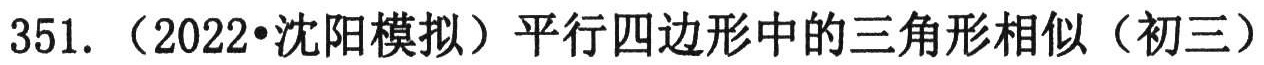
351. （2022•沈阳模拟）平行四边形中的三角形相似（初三）